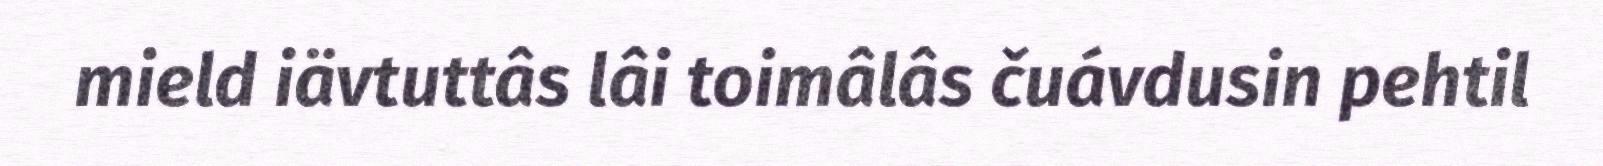
mield iävtuttâs lâi toimâlâs čuávdusin pehtil